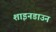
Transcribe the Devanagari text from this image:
शाइनडाउन